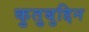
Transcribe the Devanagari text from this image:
कुतुबुद्दिन